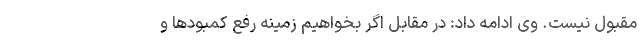
مقبول نیست. وی ادامه داد: در مقابل اگر بخواهیم زمینه رفع کمبودها و